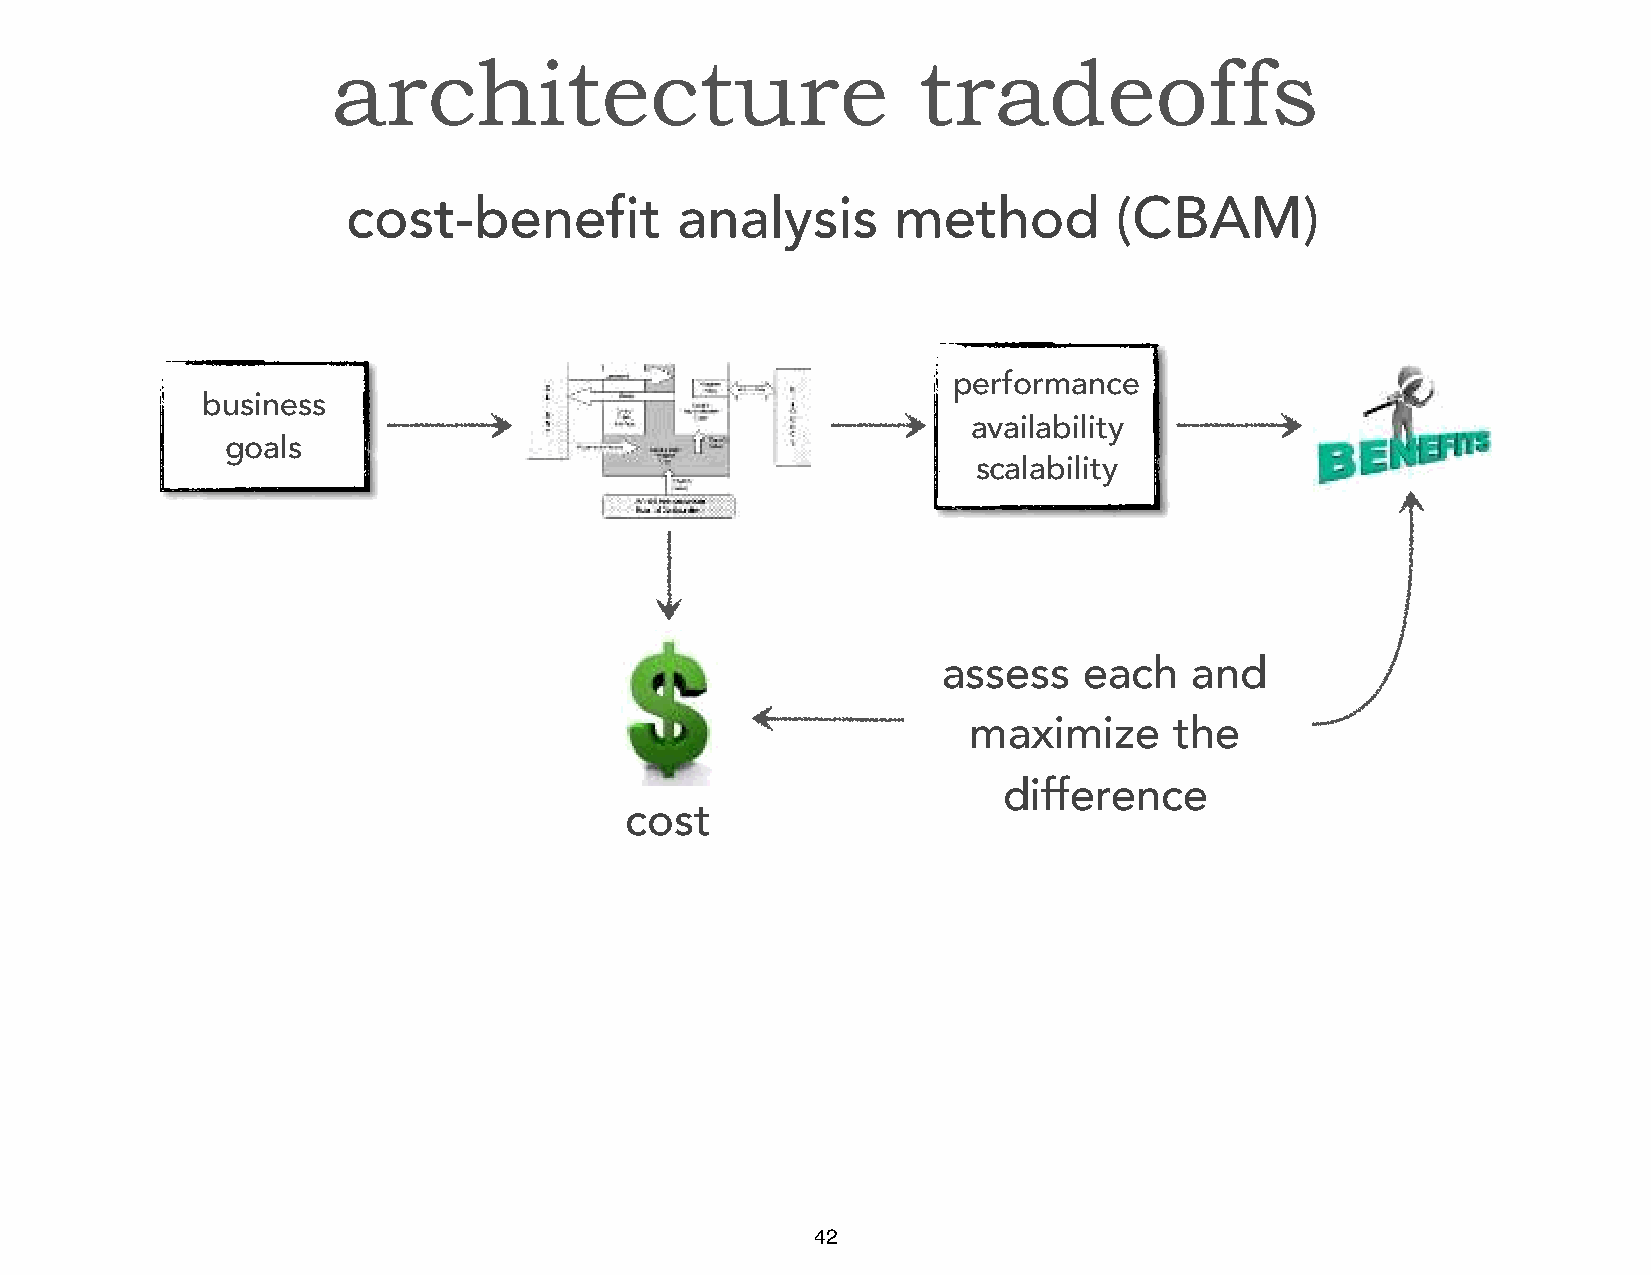
architecture                           tradeoffs
 cost-benefit          analysis      method         (CBAM)
 performance
 business
 availability
 goals
 scalability
 assess    each   and
 maximize      the
 difference
 cost
 42